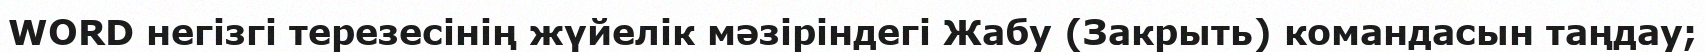
WORD негізгі терезесінің жүйелік мәзіріндегі Жабу (Закрыть) командасын таңдау;